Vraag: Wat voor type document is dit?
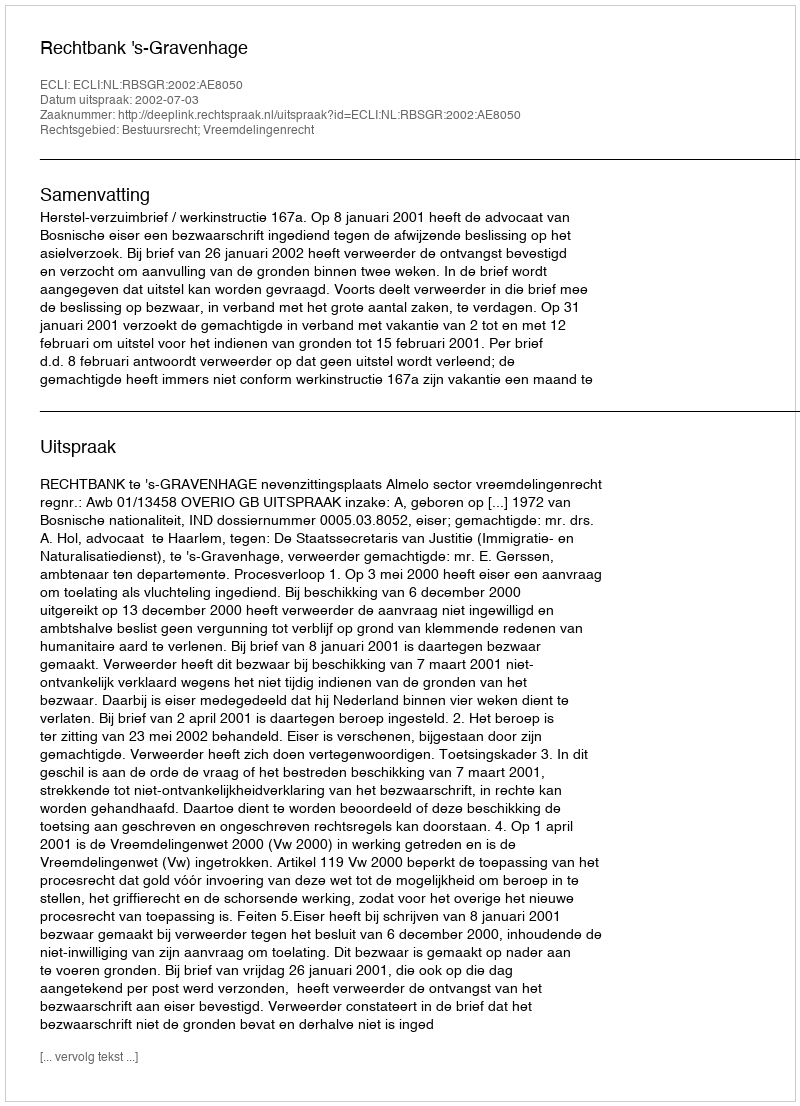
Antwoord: Uitspraak